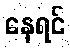
နေရင်